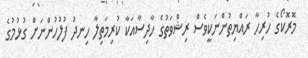
މޮރޮކޯގެ ހުރިހާ ރައްޔިތުންނަކީވެސް ރިޝްވަތުގެ ހާދިސާއަކާ ކުރިމަތިލާ ހިނދު ފުލުހުންނަށް ގުޅުމުގެ